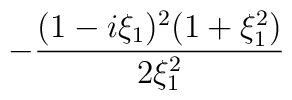
-{(1-i\xi_1)^2(1+\xi_1^2)\over{2\xi_1^2}}